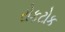
રોકટોક